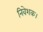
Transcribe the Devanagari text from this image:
निवेशक।